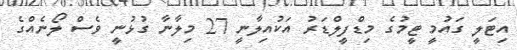
އިޓަލީ ގައުމީ ޓީމުގެ މިޑްފީލްޑަރު އަކުއިލާނީ 27 މިލާނާ ގުޅުނީ ވެސް ލޯނެއްގެ